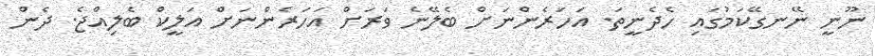
ނޫނީ ނޭނގޭކަމުގައި ހެދެނީތަ. އަހަރެންނަށް ބެލޭނެ ވަރަށް އަހަރެންނަށް އަލީކް ބެލިއްޖެ. ދެން